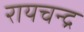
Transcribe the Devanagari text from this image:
रायचन्द्र